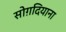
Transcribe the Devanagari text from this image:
सोग़दियाना